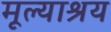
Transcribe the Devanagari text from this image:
मूल्याश्रय